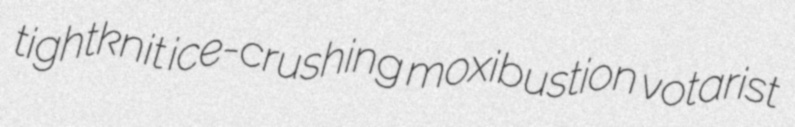
tightknit ice-crushing moxibustion votarist